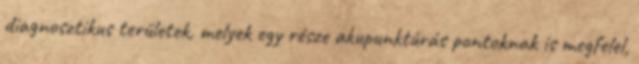
diagnosztikus területek, melyek egy része akupunktúrás pontoknak is megfelel,